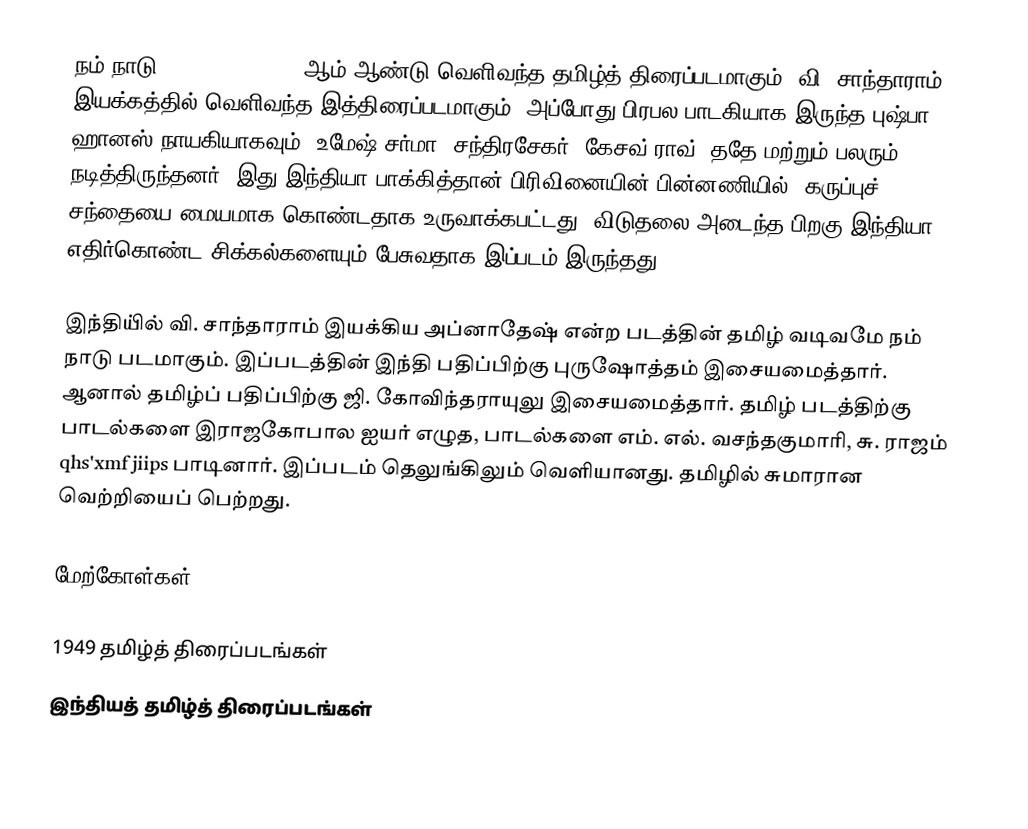
நம் நாடு (Nam Naadu) 1949 ஆம் ஆண்டு வெளிவந்த தமிழ்த் திரைப்படமாகும். வி. சாந்தாராம் இயக்கத்தில் வெளிவந்த இத்திரைப்படமாகும். அப்போது பிரபல பாடகியாக இருந்த புஷ்பா ஹானஸ் நாயகியாகவும், உமேஷ் சர்மா, சந்திரசேகர், கேசவ் ராவ்,  ததே மற்றும் பலரும் நடித்திருந்தனர். இது இந்தியா பாக்கித்தான் பிரிவினையின் பின்னணியில், கருப்புச் சந்தையை மையமாக கொண்டதாக உருவாக்கபட்டது. விடுதலை அடைந்த பிறகு இந்தியா எதிர்கொண்ட சிக்கல்களையும் பேசுவதாக இப்படம் இருந்தது.

இந்தியி்ல் வி. சாந்தாராம் இயக்கிய அப்னாதேஷ் என்ற படத்தின் தமிழ் வடிவமே நம் நாடு படமாகும். இப்படத்தின் இந்தி பதிப்பிற்கு புருஷோத்தம் இசையமைத்தார். ஆனால் தமிழ்ப் பதிப்பிற்கு ஜி. கோவிந்தராயுலு இசையமைத்தார். தமிழ் படத்திற்கு பாடல்களை இராஜகோபால ஐயர் எழுத, பாடல்களை எம். எல். வசந்தகுமாரி, சு. ராஜம் qhs'xmf jiips பாடினார். இப்படம் தெலுங்கிலும் வெளியானது. தமிழில் சுமாரான வெற்றியைப் பெற்றது.

மேற்கோள்கள்

1949 தமிழ்த் திரைப்படங்கள்
இந்தியத் தமிழ்த் திரைப்படங்கள்